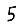
Digit: 5